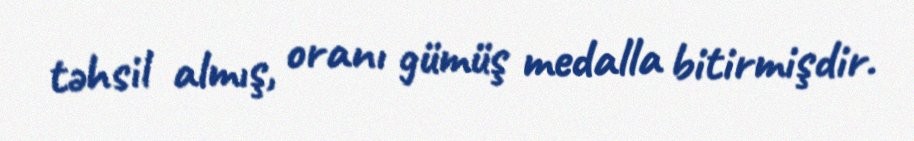
təhsil almış, oranı gümüş medalla bitirmişdir.